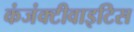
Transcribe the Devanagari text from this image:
कंजंक्टीवाइटिस